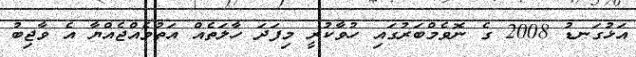
އަޅުގަނޑު 2008 ގެ ނޮވެމްބަރުގައި ހުވާކުރީ މިފަދަ ހާލަތެއް އަތުވެއްޖެއްޔާ އެ ވާޖިބު